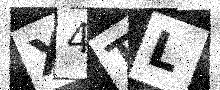
Text: X4TL